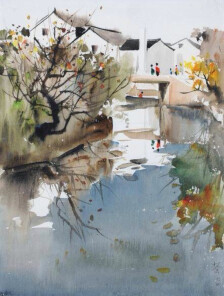
夜市卖菱藕，春船载绮罗。